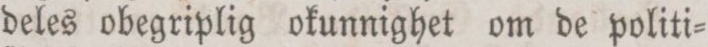
deles obegriplig okunnighet om de politi=